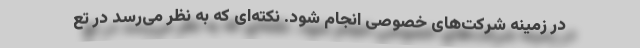
در زمینه شرکت‌های خصوصی انجام شود. نکته‌ای که به نظر می‌رسد در تع